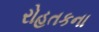
રોહતકના